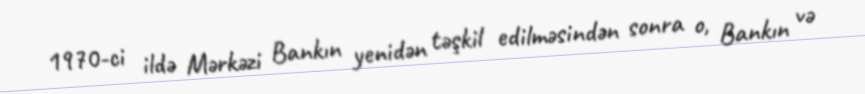
1970-ci ildə Mərkəzi Bankın yenidən təşkil edilməsindən sonra o, Bankın və